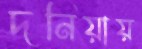
দনিয়ায়